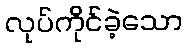
လုပ်ကိုင်ခဲ့သော